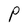
Character: P